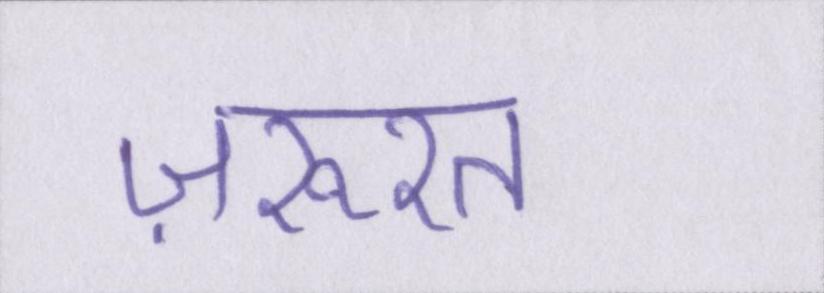
ज़रूरत